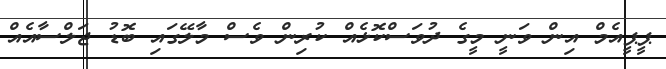
ޕީޕީއެމް އިން ވަނީ މީގެ ދުވަސްކޮޅެއް ކުރިން ވެސް މާލޭގައި ބޮޑު ޖަލްސާއެއް